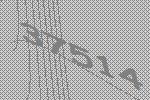
37514